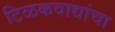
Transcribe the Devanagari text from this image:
टिळकवाद्यांचा